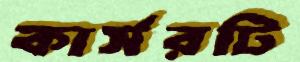
কার্সরটি